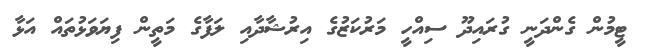
ޓީމުން ގެންދަނީ ގުރައިދޫ ސިއްހީ މަރުކަޒުގެ އިރުޝާދާއި ލަފާގެ މަތީން ފިޔަވަޅުތައް އަޅާ